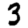
Digit: 3